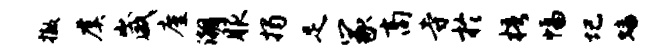
撤虞崴廑潮服揭足冢商寺於梧幅圮蟠